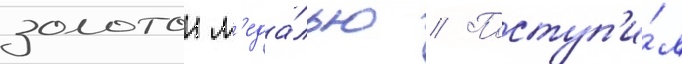
золотои м'еда́лью // Поступ'и́л